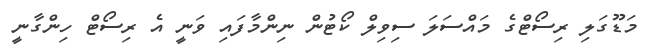
މަޑޫގަލި ރިސޯޓްގެ މައްސަލަ ސިވިލް ކޯޓުން ނިންމާފައި ވަނީ އެ ރިސޯޓް ހިންގާނީ